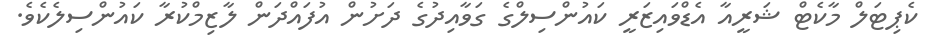
ކެޕިޓަލް މާކެޓް ޝަރީއާ އެޑްވައިޒަރީ ކައުންސިލްގެ ގަވާއިދުގެ ދަށުން އުފައްދަން ލާޒިމްކުރާ ކައުންސިލެކެވެ.